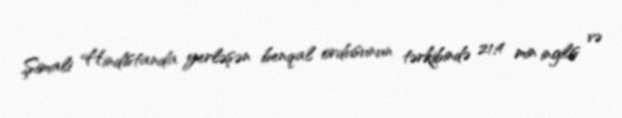
Şimali Hindistanda yerləşən benqal ordusunun tərkibində 21,4 min ingilis və